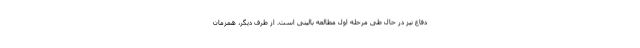
دفاع نیز در حال طی مرحله اول مطالعه بالینی است. از طرف دیگر، همزمان